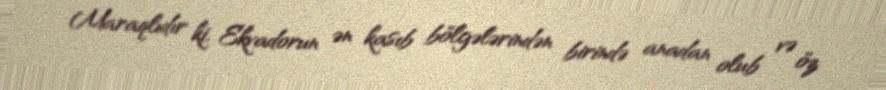
Maraqlıdır ki, Ekvadorun ən kasıb bölgələrindən birində anadan olub və öz